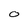
Character: 0